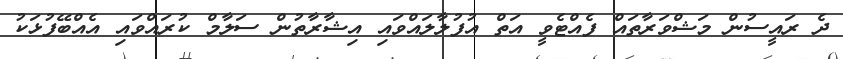
ދެ ރައީސުން މަޝްވަރާތައް ފެއްޓެވީ އަތް އުފުލާލައްވައި އިޝާރާތުން ސަލާމް ކުރައްވައި އެއްބޭފުޅަކު